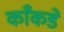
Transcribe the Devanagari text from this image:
काँकडे